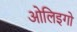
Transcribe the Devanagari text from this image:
ओलिइगो